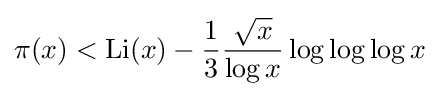
\pi (x)<\operatorname {Li} (x)-{\frac {1}{3}}{\frac {\sqrt {x}}{\log x}}\log \log \log x